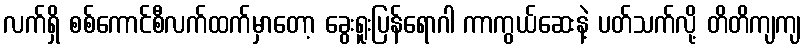
လက်ရှိ စစ်ကောင်စီလက်ထက်မှာတော့ ခွေးရူးပြန်ရောဂါ ကာကွယ်ဆေးနဲ့ ပတ်သက်လို့ တိတိကျကျ